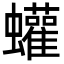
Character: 蠸